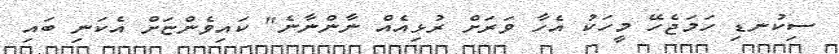
ސިކުނޑި ހަމަޖެހޭ މީހަކު އެހާ ވަރަށް ރުޅިއެއް ނާންނާނެ" ކައިވެންޏަށް އެކަނި ބައި